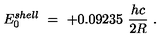
E _ { 0 } ^ { s h e l l } \ = \ + 0 . 0 9 2 3 5 \ \frac { h c } { 2 R } \ .